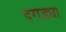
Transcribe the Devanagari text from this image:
दगड्या